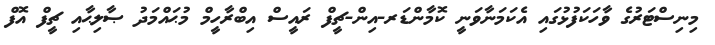
މިނިސްޓަރުގެ ވާހަކަފުޅުގައި އެކަމަނާވަނީ ކޮމާންޑަރ-އިން-ޗީފް ރައީސް އިބްރާހީމް މުޙައްމަދު ޞާލިޙާއި ޗީފް އޮފް